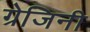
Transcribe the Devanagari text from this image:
ग्रेजिनी